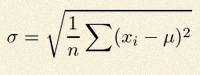
\sigma=\sqrt{\frac1n\sum(x_i-\mu)^2}